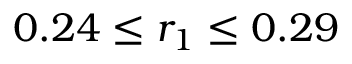
0 . 2 4 \leq r _ { 1 } \leq 0 . 2 9